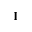
{ \bf I }